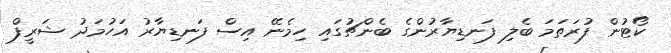
ކޯޓުން ފުރަތަމަ ބެލި ފަނޑިޔާރުންގެ ބެންޗުގައި ހިމެނޭ އިސް ފަނޑިޔާރު އަހުމަދު ޝަރީފް